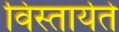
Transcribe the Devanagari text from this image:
विस्तार्यते